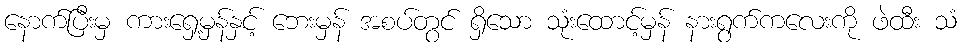
နောက်ပြီးမှ ကားရှေ့မှန်နှင့် ဘေးမှန် အစပ်တွင် ရှိသော သုံးထောင့်မှန် နားရွက်ကလေးကို ဖဲထီး သံ